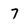
Character: 7